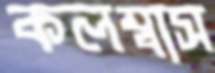
কলম্বাস